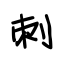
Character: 刺